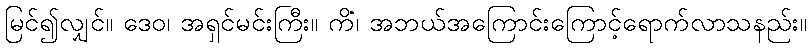
မြင်၍လျှင်။ ဒေဝ၊ အရှင်မင်းကြီး။ ကိံ၊ အဘယ်အကြောင်းကြောင့်ရောက်လာသနည်း။